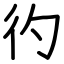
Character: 彴